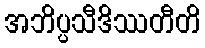
အဘိပ္ပသီဒိဿတီတိ